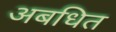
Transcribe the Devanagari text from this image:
अबधित